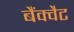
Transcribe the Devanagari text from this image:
बैंक्वैट